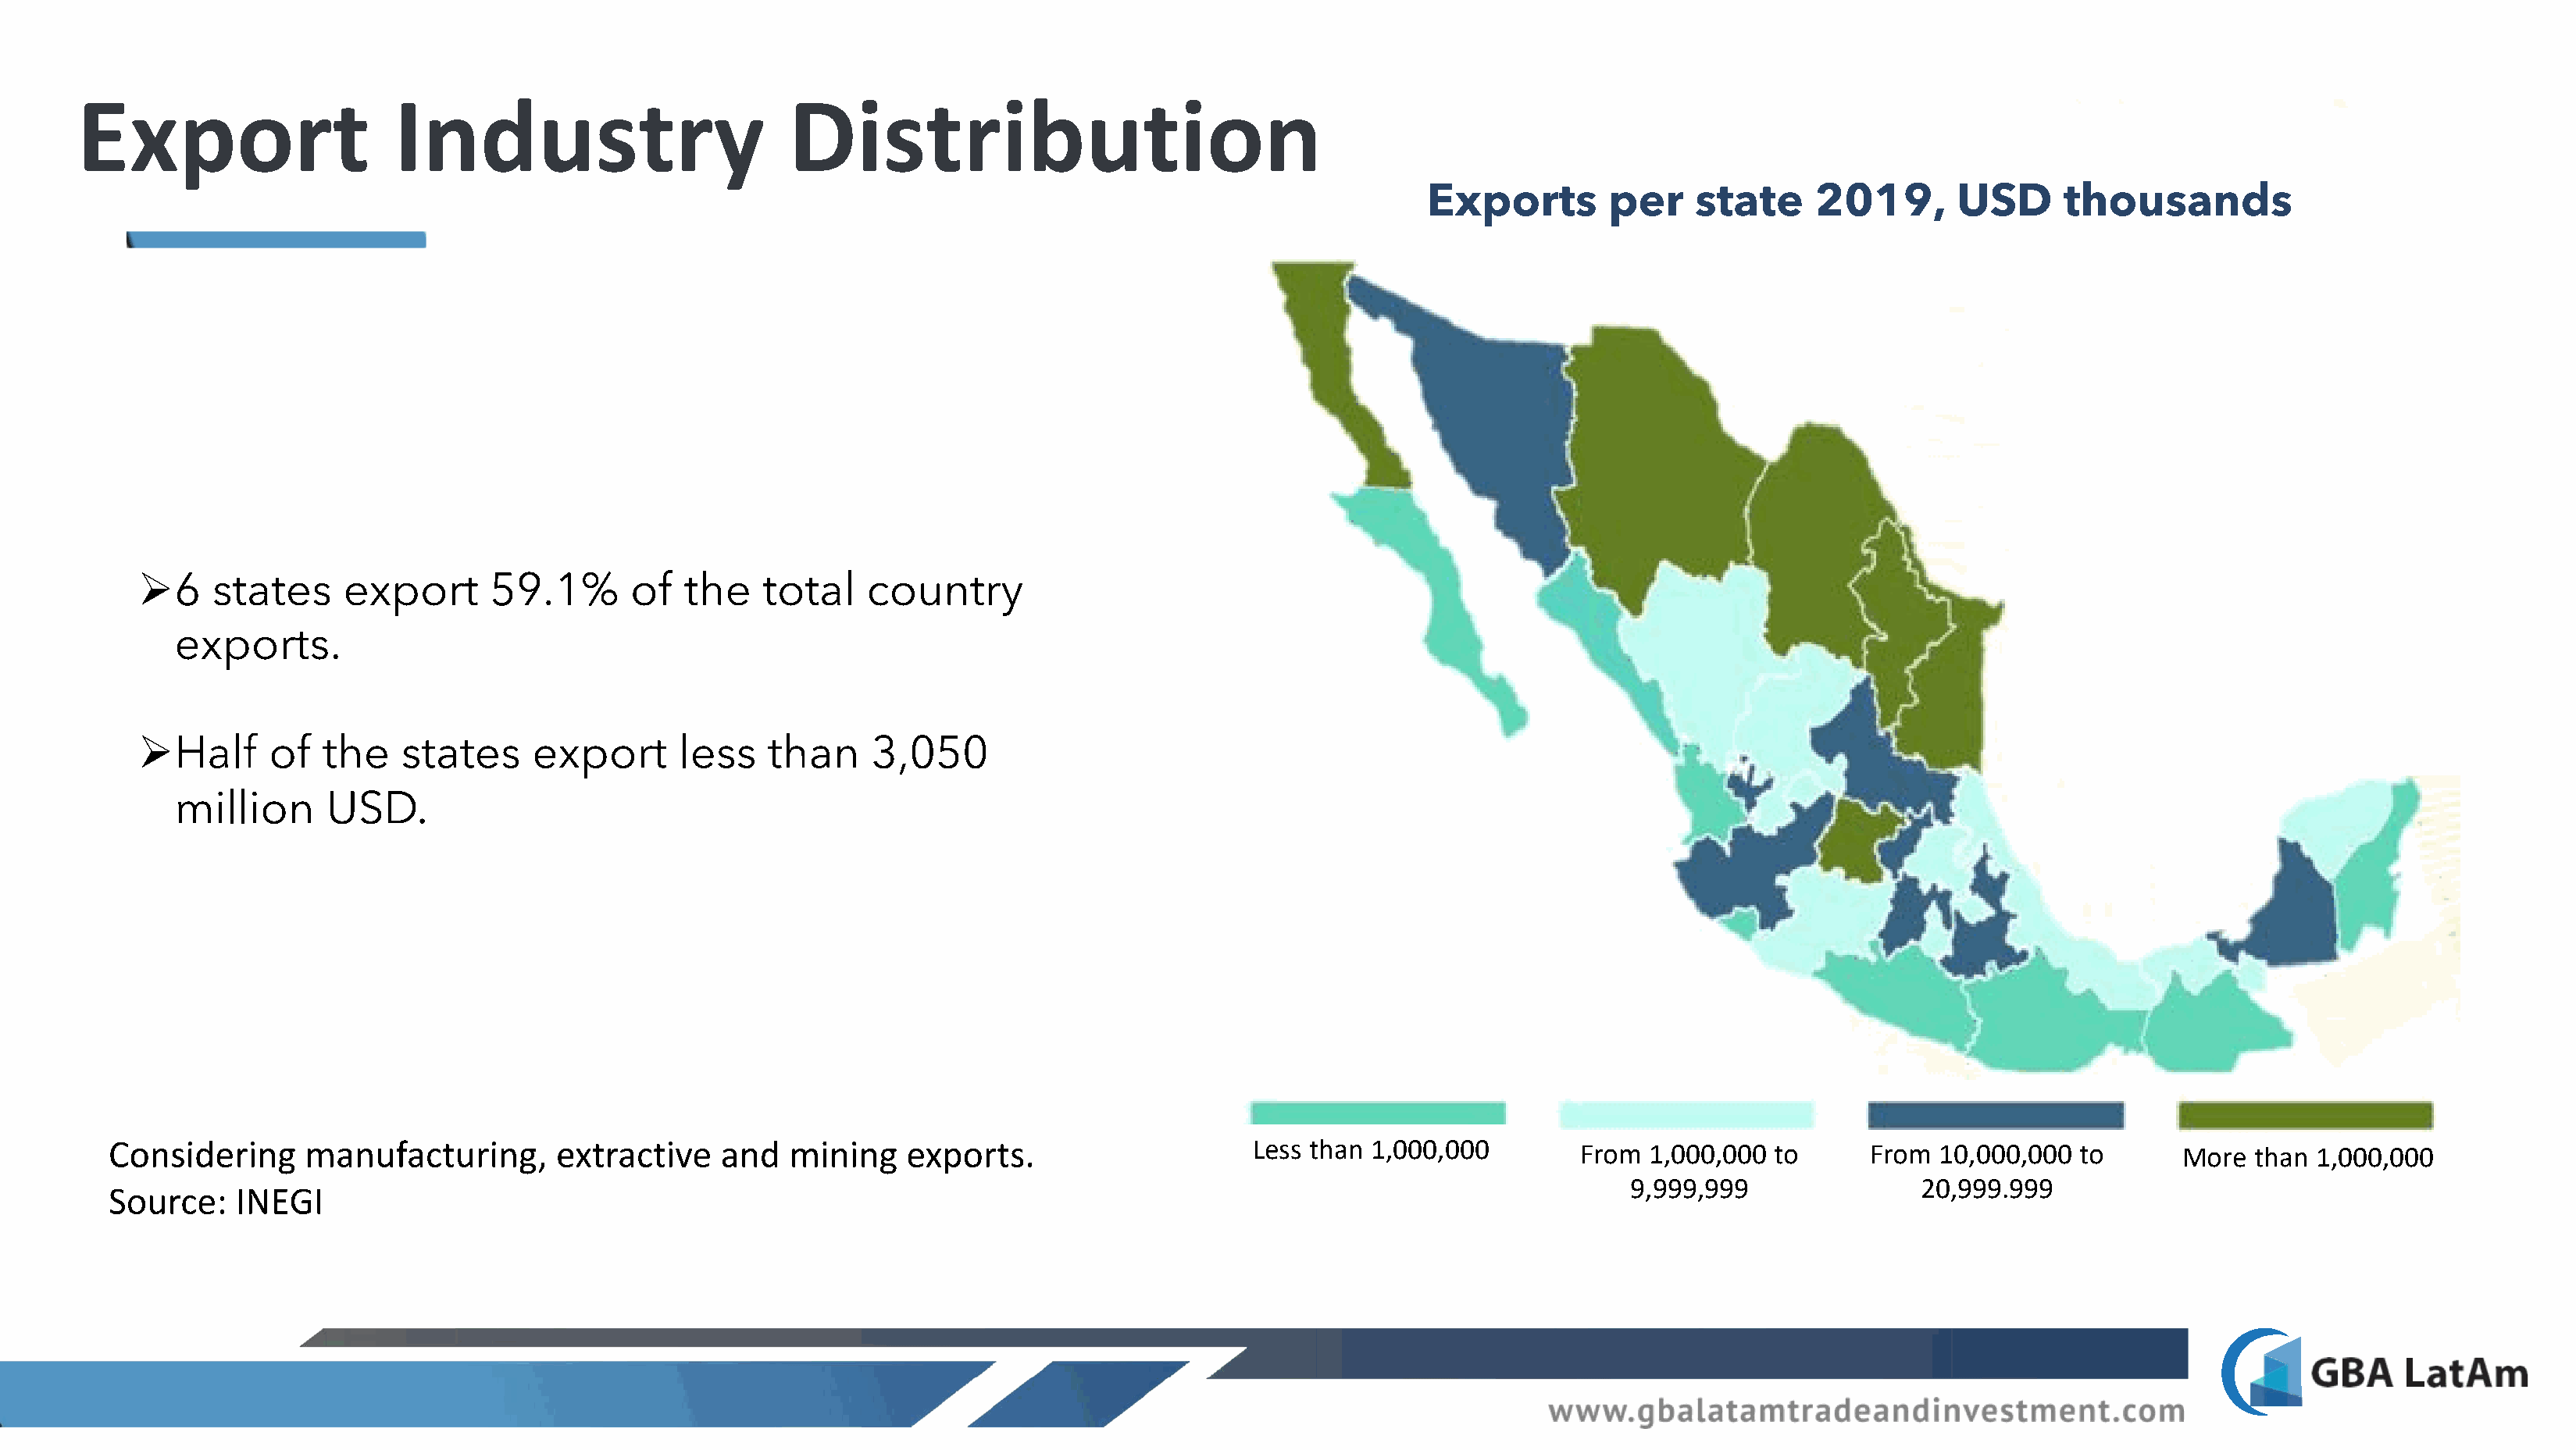
Export                    Industry                          Distribution
 Exports        per     state     2019,       USD      thousands
 Ø
 6  states     export       59.1%      of   the    total   country
 exports.
 Ø
 Half    of  the    states     export       less   than     3,050
 million      USD.
 Considering      manufacturing,       extractive    and   mining    exports.                     Less than 1,000,000         From  1,000,000 to       From 10,000,000  to       More  than 1,000,000
 9,999,999                20,999.999
 Source:    INEGI